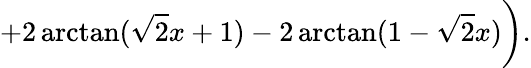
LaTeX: +2\arctan(\sqrt{2}x+1)-2\arctan(1-\sqrt{2}x)\biggr).